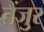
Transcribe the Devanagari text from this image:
तैंजुर